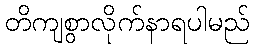
တိကျစွာလိုက်နာရပါမည်